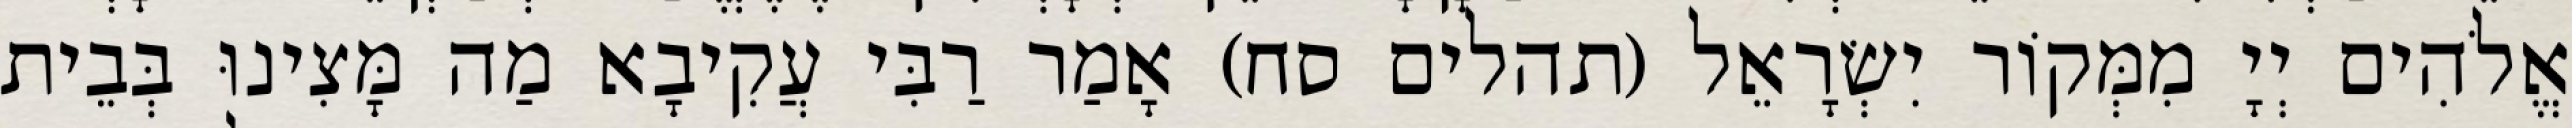
אֱלֹהִים יְיָ מִמְּקוֹר יִשְׂרָאֵל (תהלים סח) אָמַר רַבִּי עֲקִיבָא מַה מָּצִינוּ בְּבֵית